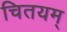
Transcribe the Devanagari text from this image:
चितयम्